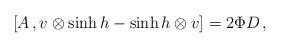
LaTeX: \begin{align*}[A\,,v\otimes \sinh h-\sinh h\otimes v]=2\Phi D\,, \end{align*}